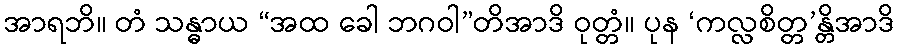
အာရဘိ။ တံ သန္ဓာယ “အထ ခေါ ဘဂဝါ”တိအာဒိ ဝုတ္တံ။ ပုန ‘ကလ္လစိတ္တ’န္တိအာဒိ